Indian Medical Review
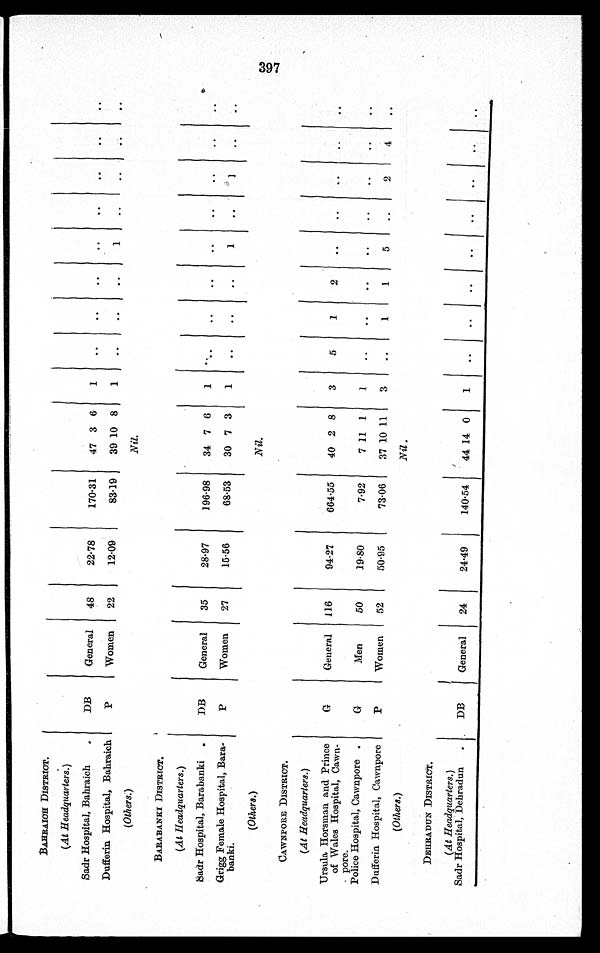
BAHRAICH DISTRICT.
(At Headquarters.)
Sadr Hospital, Bahraich
DB
General 48
22.78
170.31 47 3 6 1
Dufferin Hospital, Bahraich
P
Women 22
12.09
83.19 39 10 8 1
1
(Others.)
Nil.
BARABANKI DISTRICT.
(At Headquarters.)
Sadr Hospital, Barabanki
DB
General 35
28.97
196.98 34 7 6 1
Grigg Female Hospital, Bara-
banki.
P
Women 27
15.56
68.53 30 7 3 1
1
1
(Others.)
Nil.
CAWNPORE DISTRICT.
(At Headquarters.)
Ursula Horsman and Prince
of Wales Hospital, Cawn-
pore.
G
General 116
94.27
664.55 40 2 8 3
5
1
2
Police Hospital, Cawnpore.
G
Men
50
19.80
7.92
7 11 1 1
Dufferin Hospital, Cawnpore
P
Women 52
50.95
73.06 37 10 11 3
1
1
5
2
4
(Others.)
Nil.
DEHRADUN DISTRICT.
(At Headquarters.)
Sadr Hospital, Dehradun
DB
General 24
24.49
140.54 44 14 0 1